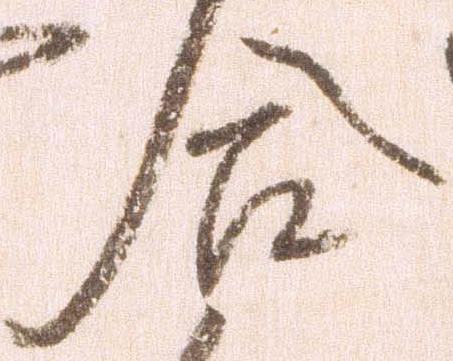
合